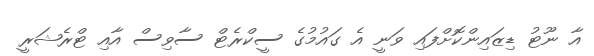
އާ ނޫޓު ޑިޒައިންކޮށްފައި ވަނީ އެ ގައުމުގެ ސީކްރެޓް ސާވިސް އާއި ޓްރެޝަރީ